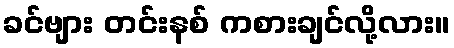
ခင်ဗျား တင်းနစ် ကစားချင်လို့လား။